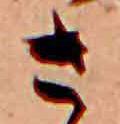
さ